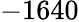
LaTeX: -1640